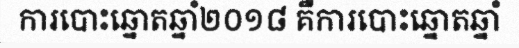
ការបោះឆ្នោតឆ្នាំ២០១៨ គឺការបោះឆ្នោតឆ្នាំ